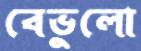
বেভুলো